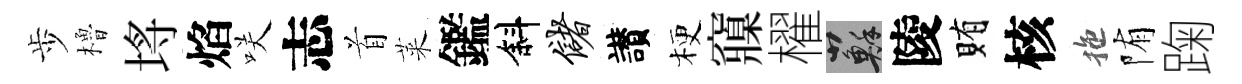
歩櫓埓焰咲志首萊鑑斜储讃梗䆿櫂蘇陵賄核拖陏踘